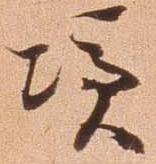
憑